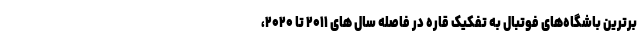
برترین باشگاه‌های فوتبال به تفکیک قاره در فاصله سال های ۲۰۱۱ تا ۲۰۲۰،